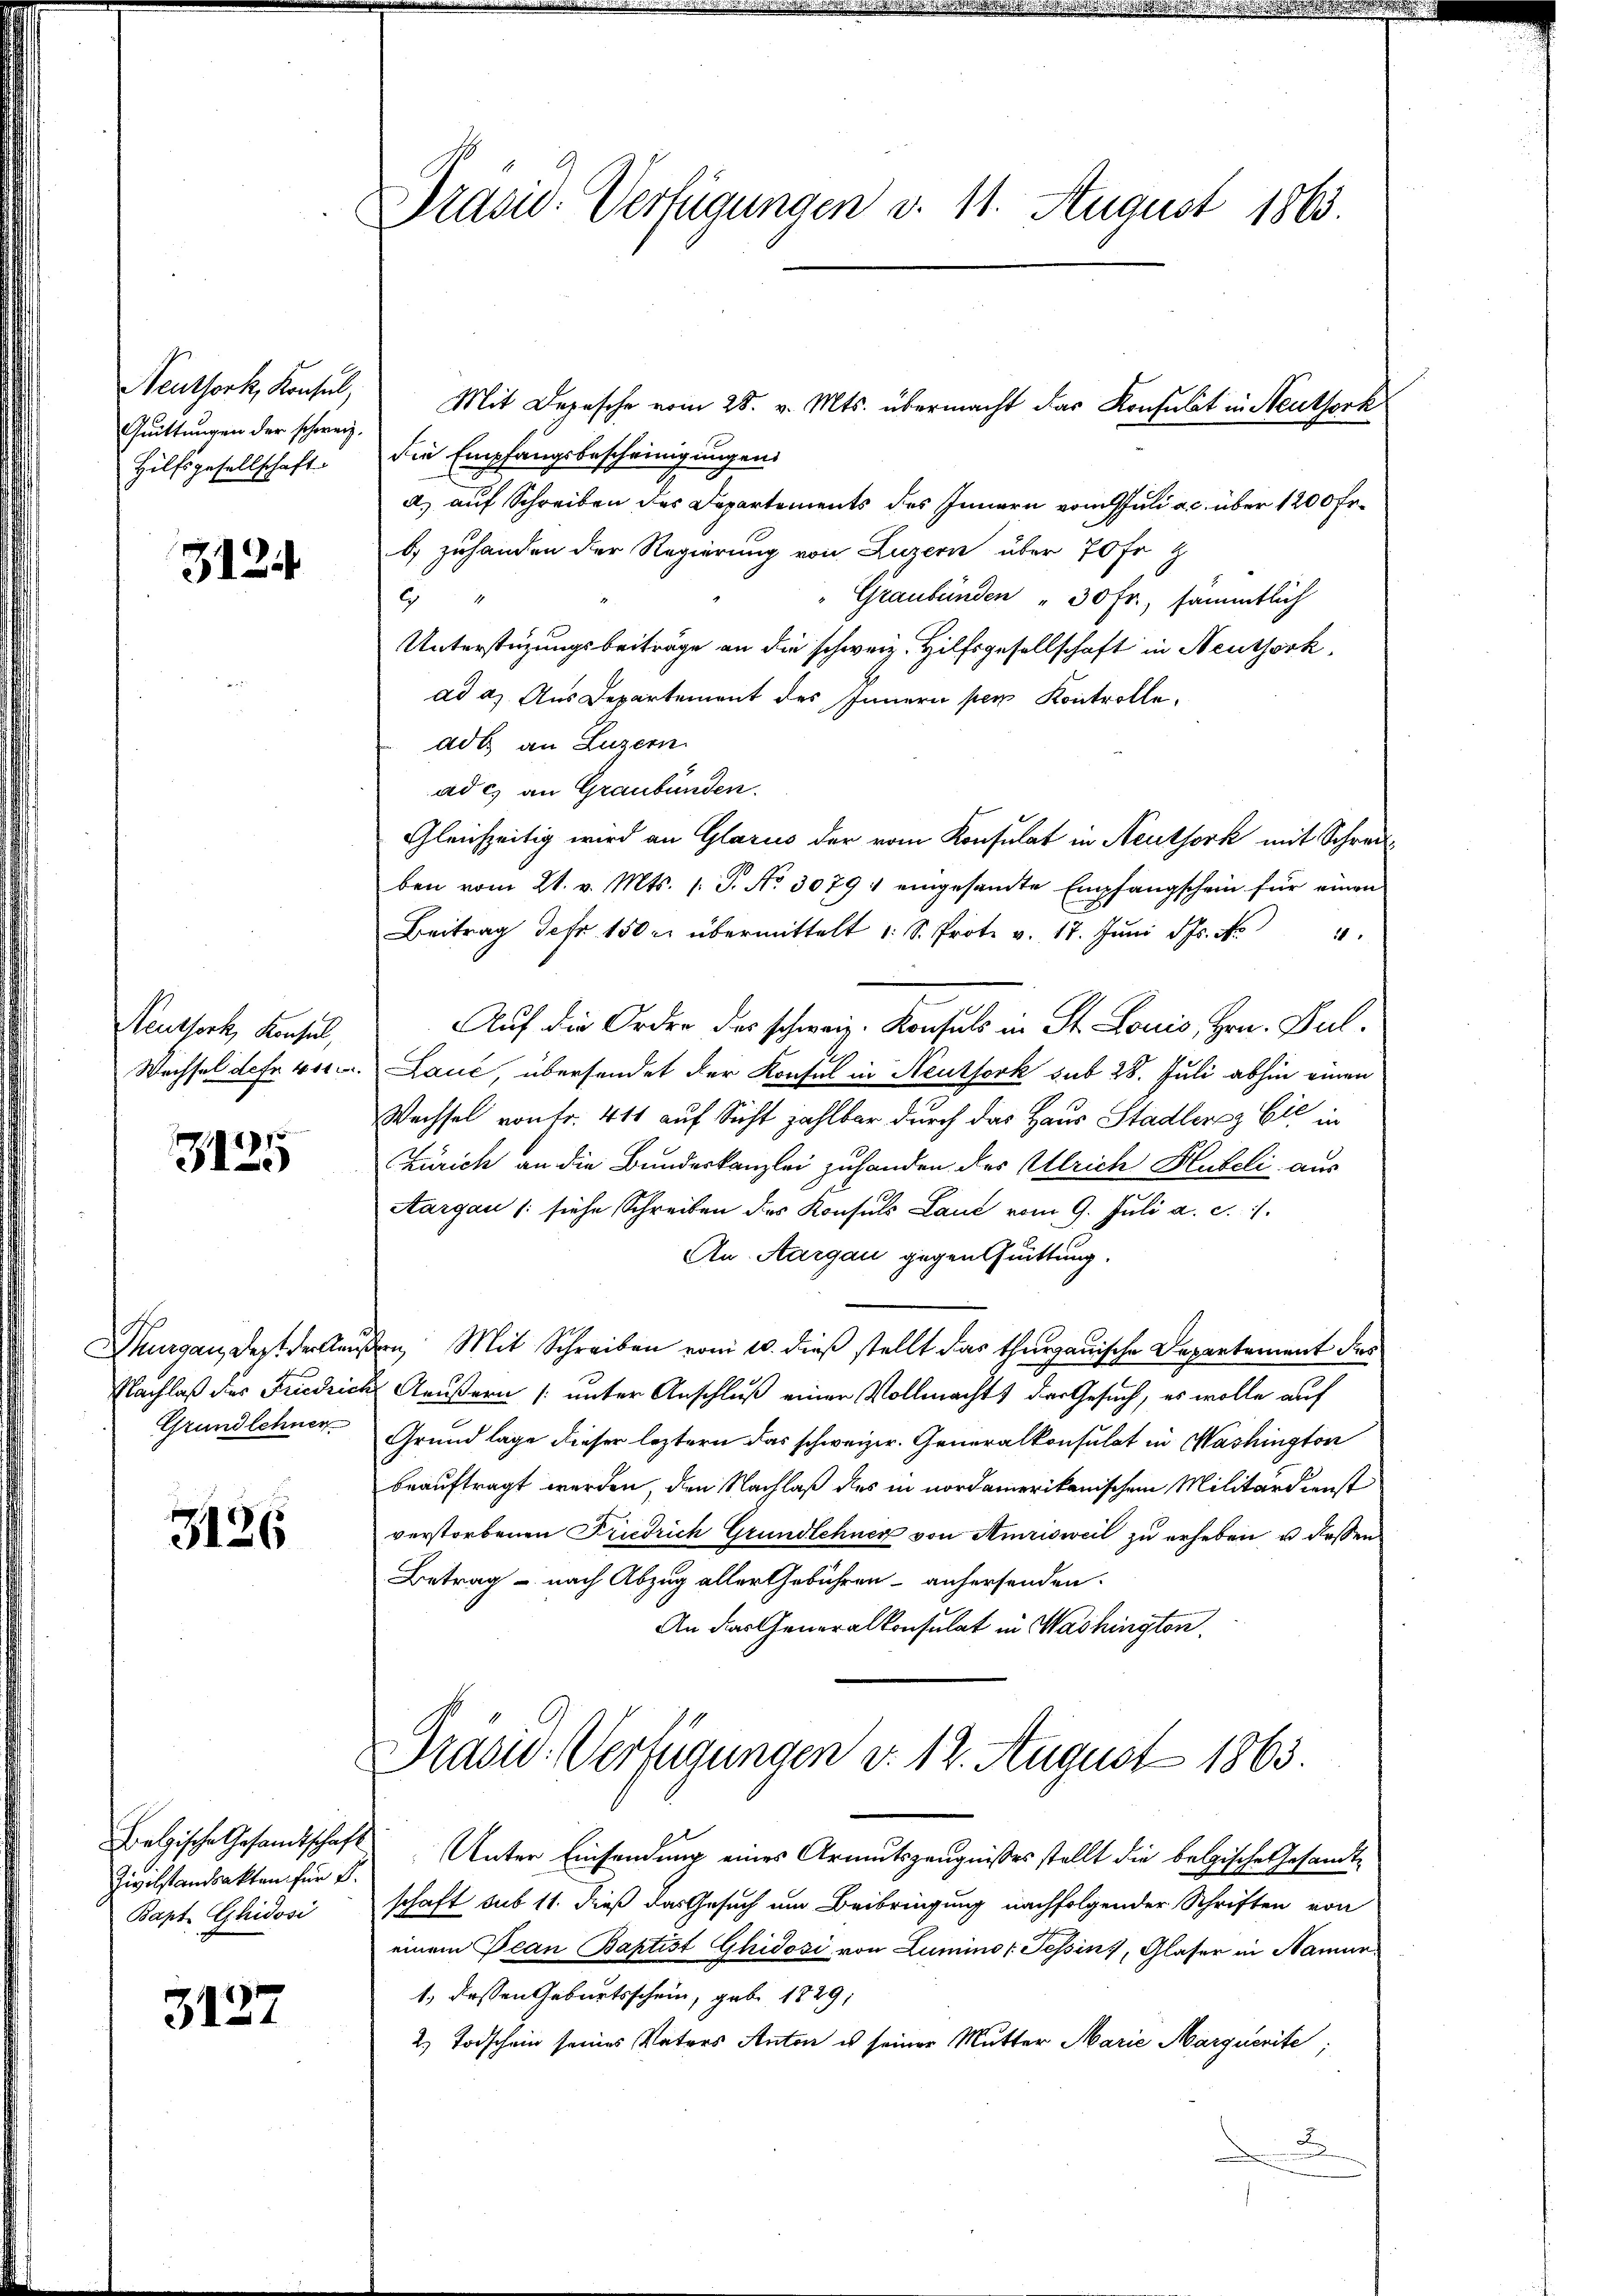
Neuthork, Konsul,
Quittungen der schweiz.
Hilfsgesellschaft.

3124

Neuthork, Konsul,
Wechsel defr 411

3125

Thurgau, dest der kein
Grundlehner

3126

Fralzische Gesandtschaft
Zivilstandsakten für 8.
Bapt Ghidosi

3127

Präsid. Verfügungen d. 11. August 1863.

Mit Depesche vom 28. v. Mts. übermacht das Konsulat in Steutserk
die Empfangsbescheinigungen
a) auf Schreiben des Departements des Innern vom Juli a.c. über 1200 Fr.
b) zuhanden der Regierung von Luzern über 70 fr z
" Graubünden " 30 fr., sämmtlich
6
Unterstüzungsbeiträge an die schweiz. Hilfsgesellschaft in Neuthork
ad a.) Aus Departement des Innern per Kontrolle,
ade an Luzern
ad c) an Graubünden.
Gleichzeitig wird an Glarus der vom Konsulat in Neuthork mit Schreiben vom 21. v. Mts. /: P. Nr. 3079 eingesamte Empfangschein für einen
Beitrag der 150 r. übermittelt u. S. Prote v. 17. Jŭni S. Nr. 4
Auf die Orden des schweiz. Konsuls in St. Louis, Hrn. Pul¬
Lauć, übersendet der Konsul in Neuthork sub 28. Juli abhin einen
Wechsel von fr. 411 auf Sicht zahlbar durch das Haus Stadlersz Cie in
Zürich an die Bundeskanzlei zuhanden des Ulrich Hubeli aus
Aargau (siehe Schreiben des Konsuls Land vom 9. Juli a. c. 11.
An-Aargau gegensuittung.
den Mit Schreiben vom 10. dieß stellt das thurgauische Departement des
Nachlaß des Friedrich Aeußern [unter Anschluß einer Vollmacht der Gesuch, es wolle auf
Grundlage dieser leztern das schweizer. Generalkonsulat in Washington
beauftragt werden, den Nachlaß des in nordamerikanischen Militärdienst
verstorbenen Friedrich Grundlehner von Amrisweil zu erheben u. dassen
Betrag – nach Abzug aller Gebühren anhersenden.
An das Generalkonsulat in Washington

Prasiv. Verfügungen d. 12. August 1863.

Unter Einsendung eines Armutszeugnisses stellt die belgische Gesandt-
schaft sub 11. dieß das Gesuch um Beibringung nachfolgender Schriften von
einem Pean Baptist Ghidosi von Lumino Tessin, Glaser in Namur¬
1., dessen Geburtsschein, gabe 1829,
2. Todschein seines Vaters Anton es seiner Mutter Marie Marquerite;